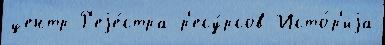
центр Р'еjе́стра р'есу́рсов Исто́р'иjа